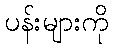
ပန်းများကို